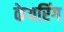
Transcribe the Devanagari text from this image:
केयरिंग